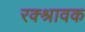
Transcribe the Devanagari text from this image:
रक्श्रावक